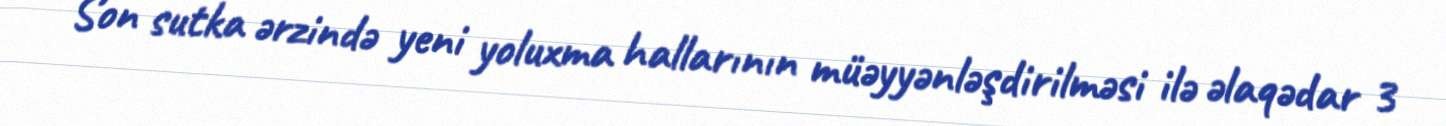
Son sutka ərzində yeni yoluxma hallarının müəyyənləşdirilməsi ilə əlaqədar 3